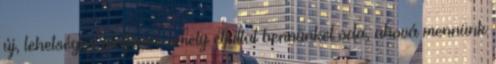
új, lehetséges platform, amely eljuttat bennünket oda, ahová mennünk